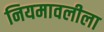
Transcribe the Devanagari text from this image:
नियमावलीला